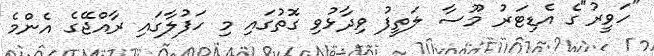
"ހަވީރު"ގެ އެޑިޓަރު މޫސާ ލަތީފު ވިދާޅުވި ގޮތުގައި މި ހަފުލާގައި ރާއްޖޭގެ އެންމެ